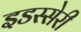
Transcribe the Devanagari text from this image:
इडस्सेरी